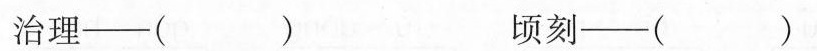
治理--（）顷刻--（）